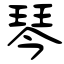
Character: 琴